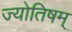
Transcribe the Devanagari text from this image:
ज्योतिषम्